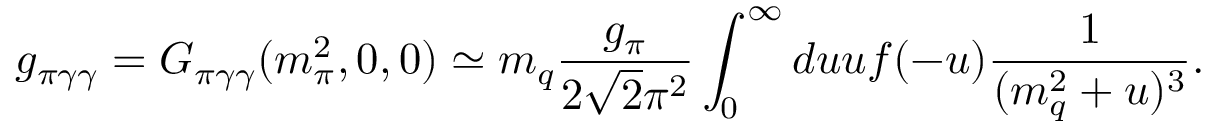
g _ { \pi \gamma \gamma } = G _ { \pi \gamma \gamma } ( m _ { \pi } ^ { 2 } , 0 , 0 ) \simeq m _ { q } { \frac { g _ { \pi } } { 2 \sqrt { 2 } \pi ^ { 2 } } } \int _ { 0 } ^ { \infty } d u u f ( - u ) { \frac { 1 } { ( m _ { q } ^ { 2 } + u ) ^ { 3 } } } .